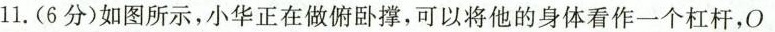
11.(6分)如图所示，小华正在做俯卧撑，可以将他的身体看作一个杠杆，O